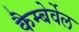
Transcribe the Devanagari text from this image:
कैम्बेर्वेल